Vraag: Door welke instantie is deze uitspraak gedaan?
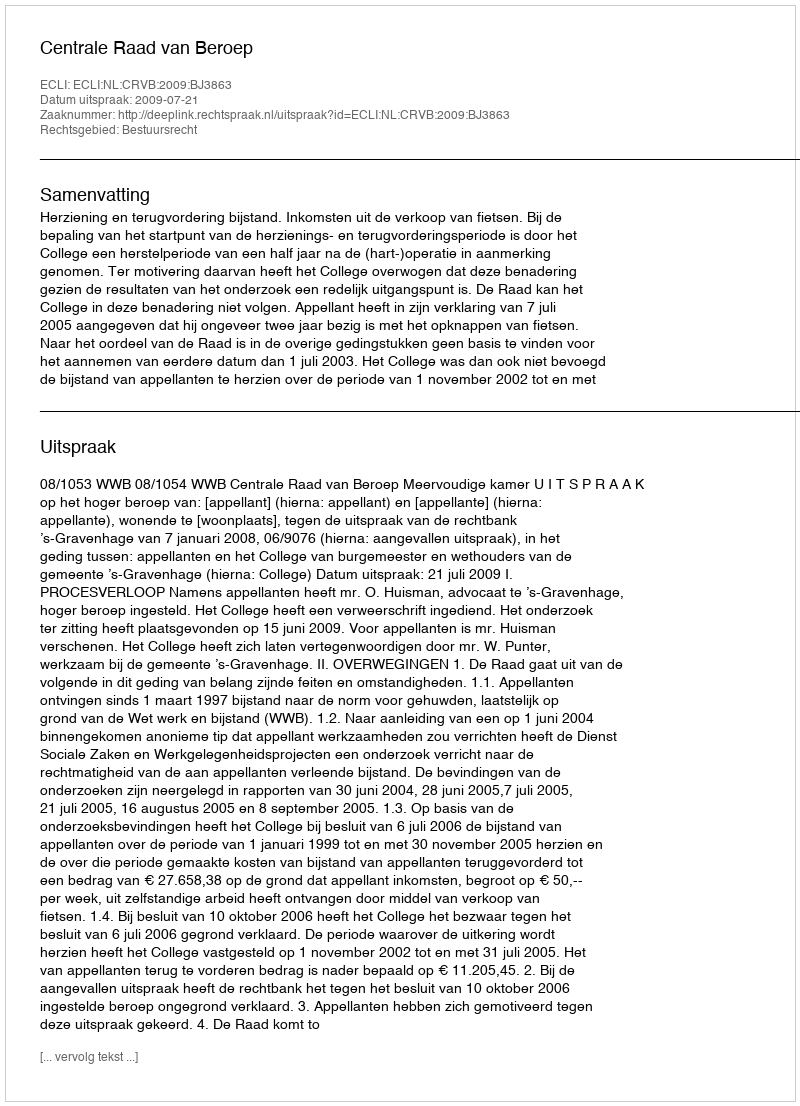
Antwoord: Centrale Raad van Beroep